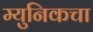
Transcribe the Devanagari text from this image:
म्युनिकचा